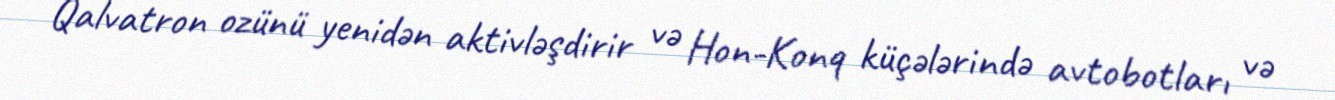
Qalvatron ozünü yenidən aktivləşdirir və Hon-Konq küçələrində avtobotları və